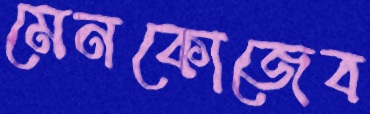
মেনকোজেব